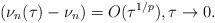
LaTeX: \begin{align*}(\nu_n(\tau)-\nu_n)=O(\tau^{1/p}), \tau\rightarrow0.\end{align*}